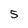
Character: 5